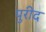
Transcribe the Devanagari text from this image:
पुरीद